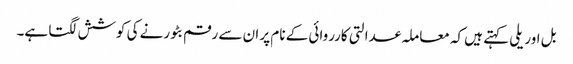
بل اوریلی کہتے ہیں کہ معاملہ عدالتی کارروائی کے نام پر ان سے رقم بٹورنے کی کوشش لگتا ہے۔